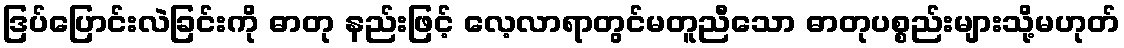
ဒြပ်ပြောင်းလဲခြင်းကို ဓာတု နည်းဖြင့် လေ့လာရာတွင်မတူညီသော ဓာတုပစ္စည်းများသို့မဟုတ်